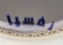
نفسيا